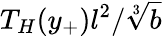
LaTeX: T_{H}(y_{+})l^{2}/\sqrt[3]{b}